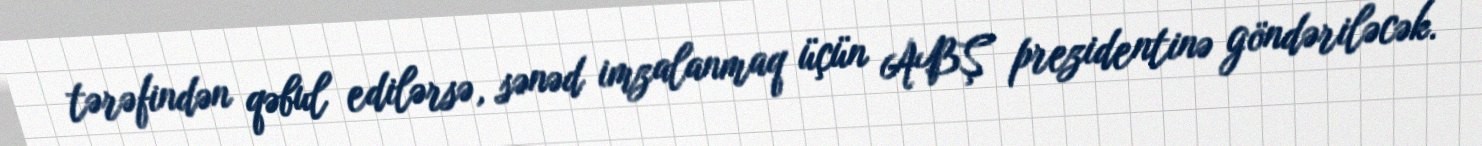
tərəfindən qəbul edilərsə, sənəd imzalanmaq üçün ABŞ prezidentinə göndəriləcək.